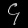
Digit: ၄